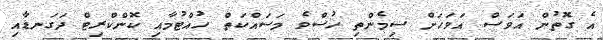
އެ ގޮތުން އަވަސް އަވަހަށް ސިމެންތި ހުސްވެ މަސައްކަތް ހުއްޓުމާއި ކޮންކްރިޓް ދަގަނޑާއި